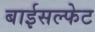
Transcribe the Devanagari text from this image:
बाईसल्फेट